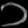
Digit: ၁